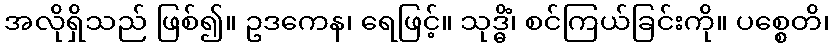
အလိုရှိသည် ဖြစ်၍။ ဥဒကေန၊ ရေဖြင့်။ သုဒ္ဓိံ၊ စင်ကြယ်ခြင်းကို။ ပစ္စေတိ၊